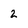
Character: 2